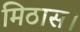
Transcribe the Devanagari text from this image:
मिठास।